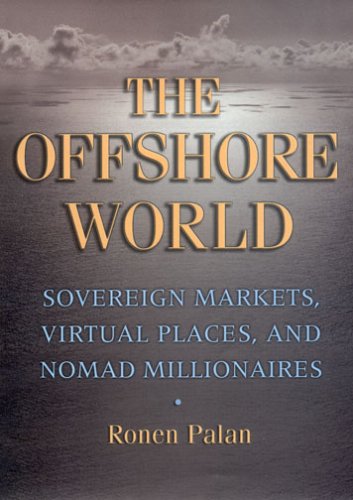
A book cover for The Offshore World: Sovereign Markets, Virtual Places, and Nomad Millionaires; Ronen Palan; Business & Money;